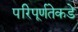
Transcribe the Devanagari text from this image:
परिपूर्णतेकडे